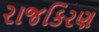
રાજકિરણ